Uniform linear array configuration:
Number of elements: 12
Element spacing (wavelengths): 0.25
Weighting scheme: binomial
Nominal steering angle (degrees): -45
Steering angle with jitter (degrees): -43.203
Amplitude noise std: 0.05
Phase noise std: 0.05

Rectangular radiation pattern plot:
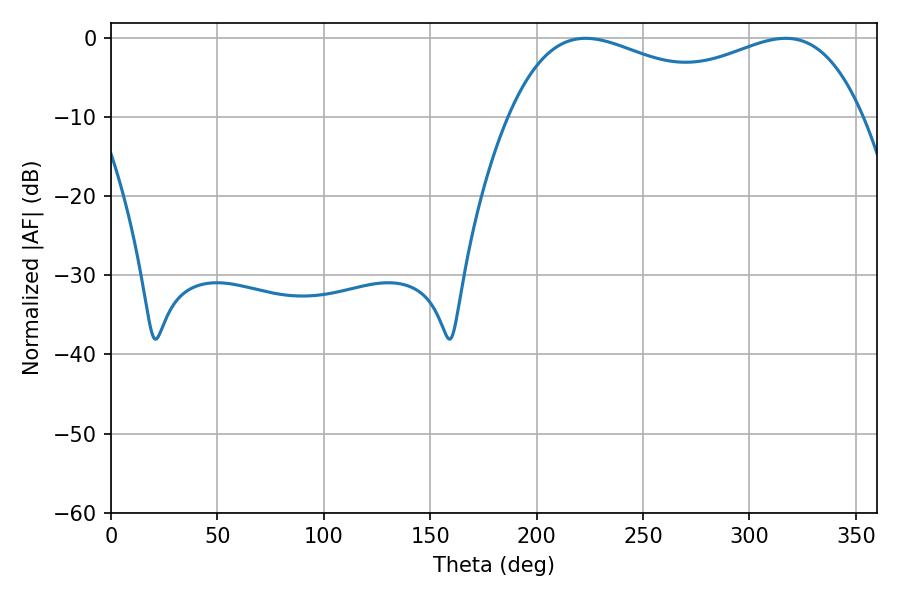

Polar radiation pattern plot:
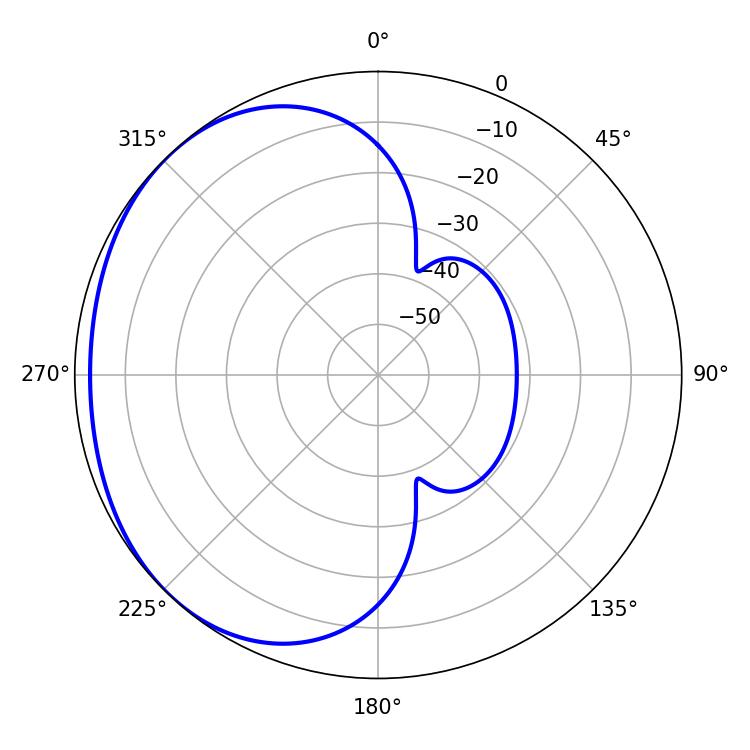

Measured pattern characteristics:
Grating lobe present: FALSE
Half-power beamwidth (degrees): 65.88
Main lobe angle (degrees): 223.02